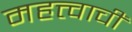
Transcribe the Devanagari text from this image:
महत्त्वाचीं